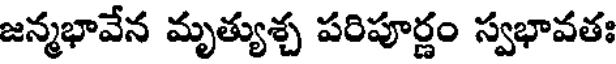
జన్మభావేన మృత్యుశ్చ పరిపూర్ణం స్వభావతః